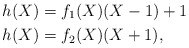
\begin{align*} h(X) &= f_1(X) (X-1) + 1 \\ h(X) &= f_2(X) (X+1), \end{align*}